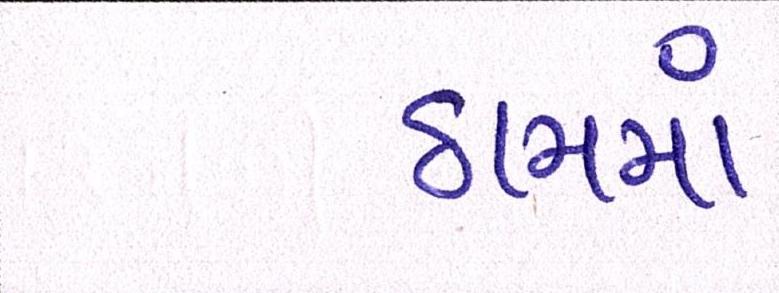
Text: ઠામમાં